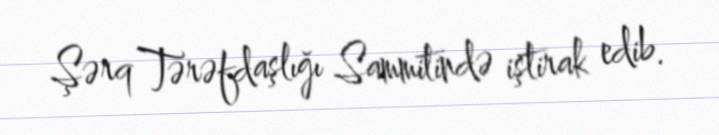
Şərq Tərəfdaşlığı Sammitində iştirak edib.